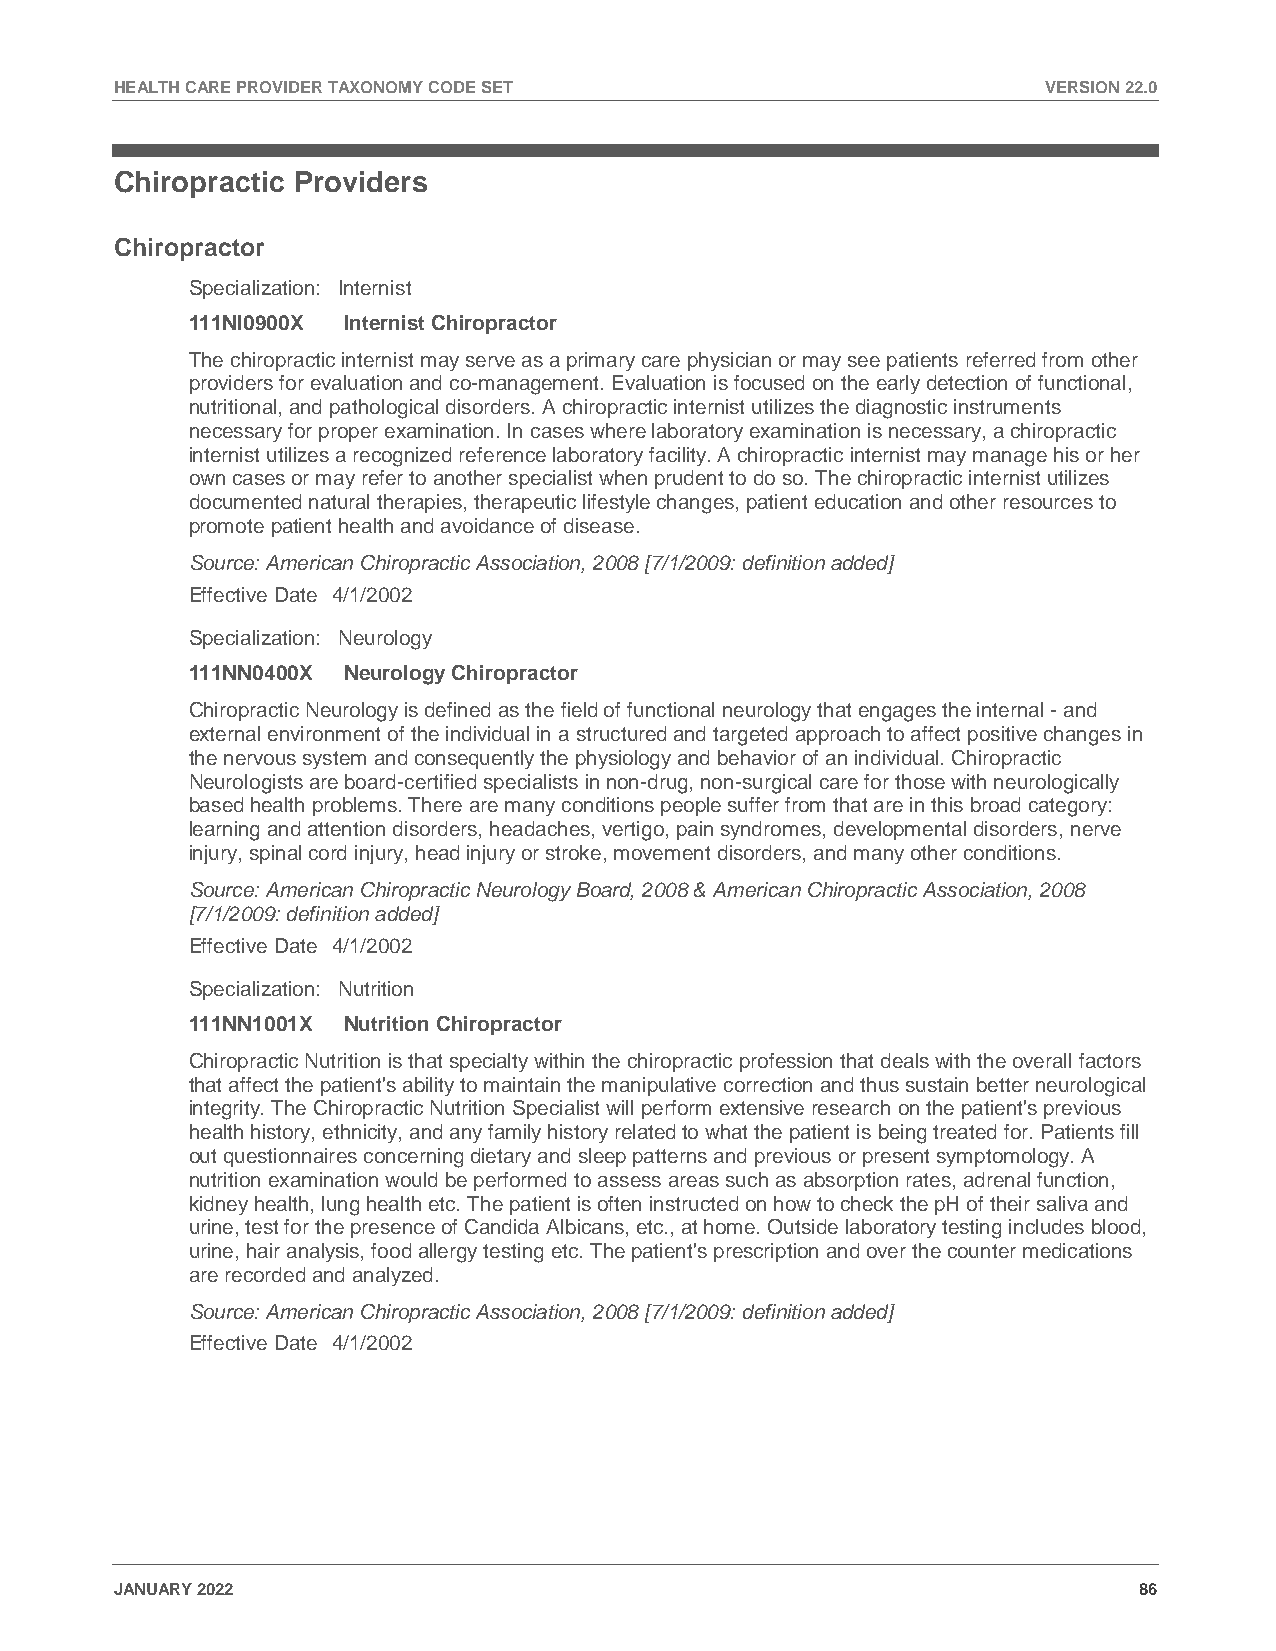
HEALTH CARE PROVIDER TAXONOMY CODE SET                       VERSION 22.0
 Chiropractic Providers
 Chiropractor
 Specialization: Internist
 111NI0900X Internist Chiropractor
 The chiropractic internist may serve as a primary care physician or may see patients referred from other
 providers for evaluation and co-management. Evaluation is focused on the early detection of functional,
 nutritional, and pathological disorders. A chiropractic internist utilizes the diagnostic instruments
 necessary for proper examination. In cases where laboratory examination is necessary, a chiropractic
 internist utilizes a recognized reference laboratory facility. A chiropractic internist may manage his or her
 own cases or may refer to another specialist when prudent to do so. The chiropractic internist utilizes
 documented natural therapies, therapeutic lifestyle changes, patient education and other resources to
 promote patient health and avoidance of disease.
 Source: American Chiropractic Association, 2008 [7/1/2009: definition added]
 Effective Date 4/1/2002
 Specialization: Neurology
 111NN0400X Neurology Chiropractor
 Chiropractic Neurology is defined as the field of functional neurology that engages the internal - and
 external environment of the individual in a structured and targeted approach to affect positive changes in
 the nervous system and consequently the physiology and behavior of an individual. Chiropractic
 Neurologists are board-certified specialists in non-drug, non-surgical care for those with neurologically
 based health problems. There are many conditions people suffer from that are in this broad category:
 learning and attention disorders, headaches, vertigo, pain syndromes, developmental disorders, nerve
 injury, spinal cord injury, head injury or stroke, movement disorders, and many other conditions.
 Source: American Chiropractic Neurology Board, 2008 & American Chiropractic Association, 2008
 [7/1/2009: definition added]
 Effective Date 4/1/2002
 Specialization: Nutrition
 111NN1001X Nutrition Chiropractor
 Chiropractic Nutrition is that specialty within the chiropractic profession that deals with the overall factors
 that affect the patient's ability to maintain the manipulative correction and thus sustain better neurological
 integrity. The Chiropractic Nutrition Specialist will perform extensive research on the patient's previous
 health history, ethnicity, and any family history related to what the patient is being treated for. Patients fill
 out questionnaires concerning dietary and sleep patterns and previous or present symptomology. A
 nutrition examination would be performed to assess areas such as absorption rates, adrenal function,
 kidney health, lung health etc. The patient is often instructed on how to check the pH of their saliva and
 urine, test for the presence of Candida Albicans, etc., at home. Outside laboratory testing includes blood,
 urine, hair analysis, food allergy testing etc. The patient's prescription and over the counter medications
 are recorded and analyzed.
 Source: American Chiropractic Association, 2008 [7/1/2009: definition added]
 Effective Date 4/1/2002
 JANUARY 2022                                                       86